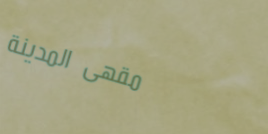
مقهى المدينة